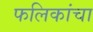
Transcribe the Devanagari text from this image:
फलिकांचा